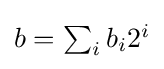
\textstyle b=\sum _{i}b_{i}2^{i}